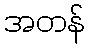
အတန်